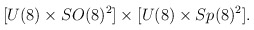
\begin{align*}[U(8)\times SO(8)^2] \times [U(8)\times Sp(8)^2].\end{align*}